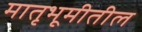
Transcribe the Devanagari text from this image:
मातृभूमीतील